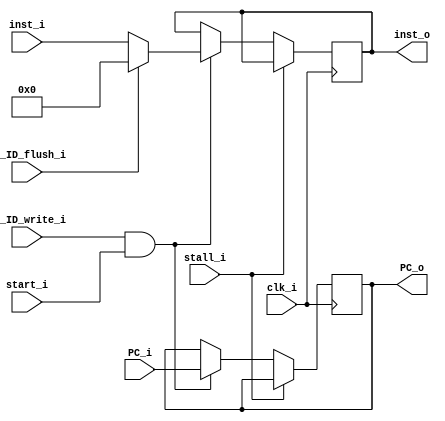
module IF_ID
(
	// P2 : 
	stall_i,
	// P1 :
	start_i,

	clk_i,
	IF_ID_flush_i ,
	IF_ID_write_i ,
	PC_i          ,
	PC_o          ,
	inst_i        ,
	inst_o
);

// P2 :
input stall_i;
// P1 :
//TODO : Magic : For IF_ID.v : cannot write inst_o at PC=0. At PC=0, inst_o 	shall be 32'b0 , since 1st instruction is still in IF stage , and no one is in ID stage !! So IF_IF.inst_o shall be 32'b0 at that time !!
// 1. Method For Fixing : Utilize the signal `start_i` of CPU.v . 
input start_i;

input clk_i;
input IF_ID_flush_i;
input IF_ID_write_i;
input [31:0] PC_i;
input [31:0] inst_i;
//output reg [31:0] PC_o;
output reg [31:0] PC_o; // = 32'b0;
//output reg [31:0] inst_o;
output reg [31:0] inst_o; // = 32'b0;

//TODO : initialize reg in initial
initial begin
	PC_o = 32'b0;
	inst_o = 32'b0;
end


always@(posedge clk_i)
begin

	//TODO : Magic : For IF_ID.v : cannot write inst_o at PC=0. At PC=0, inst_o 	shall be 32'b0 , since 1st instruction is still in IF stage , and no one is in ID stage !! So IF_IF.inst_o shall be 32'b0 at that time !!
	// 1. Method For Fixing : Utilize the signal `start_i` of CPU.v . 
    //if (IF_ID_write_i)
    	if(stall_i) begin
	    // P2 : do nothing 
	end
    	else if(IF_ID_write_i && start_i) begin
        	PC_o <= PC_i;
		//TODO : why this won't have x initially ?? because IF_ID_flush_i is given by Branch_taken_reg in CPU.v , who is initialized by initial block 
        	inst_o <= (IF_ID_flush_i)?32'b0 : inst_i; 
    	end
end
endmodule